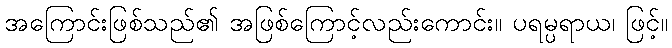
အကြောင်းဖြစ်သည်၏ အဖြစ်ကြောင့်လည်းကောင်း။ ပရမ္ပရာယ၊ ဖြင့်။